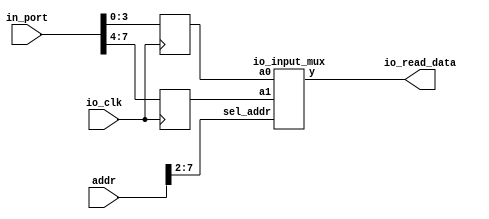
module io_input_reg(addr, io_clk, io_read_data, in_port);
	input		[31:0]	addr;
	input					io_clk;
	input		[7:0]		in_port;
	output	[31:0]	io_read_data;
	
	reg		[3:0]		in_reg0,in_reg1;
	
	io_input_mux	io_input_mux2x32(in_reg0, in_reg1, addr[7:2], io_read_data);
	
	always @ (posedge io_clk) begin
		in_reg0 <= in_port[3:0];
		in_reg1 <= in_port[7:4];
	end
endmodule

module io_input_mux(a0, a1, sel_addr, y);
	input		[3:0]	a0, a1;
	input 	[5:0]		sel_addr;
	output	[31:0]	y;
	reg		[31:0]	y;
	
	always @ (*) begin
		y = 0;
		case(sel_addr)
			6'b110000:	y = a0;
			6'b110001:	y = a1;
		endcase
	end
endmodule